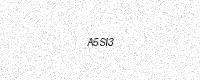
Text: A5SI3